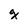
Character: g